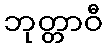
ဘုတ္တာဝီ